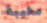
مخيبة